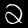
Digit: 2